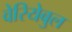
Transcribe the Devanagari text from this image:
वेरियेबुल